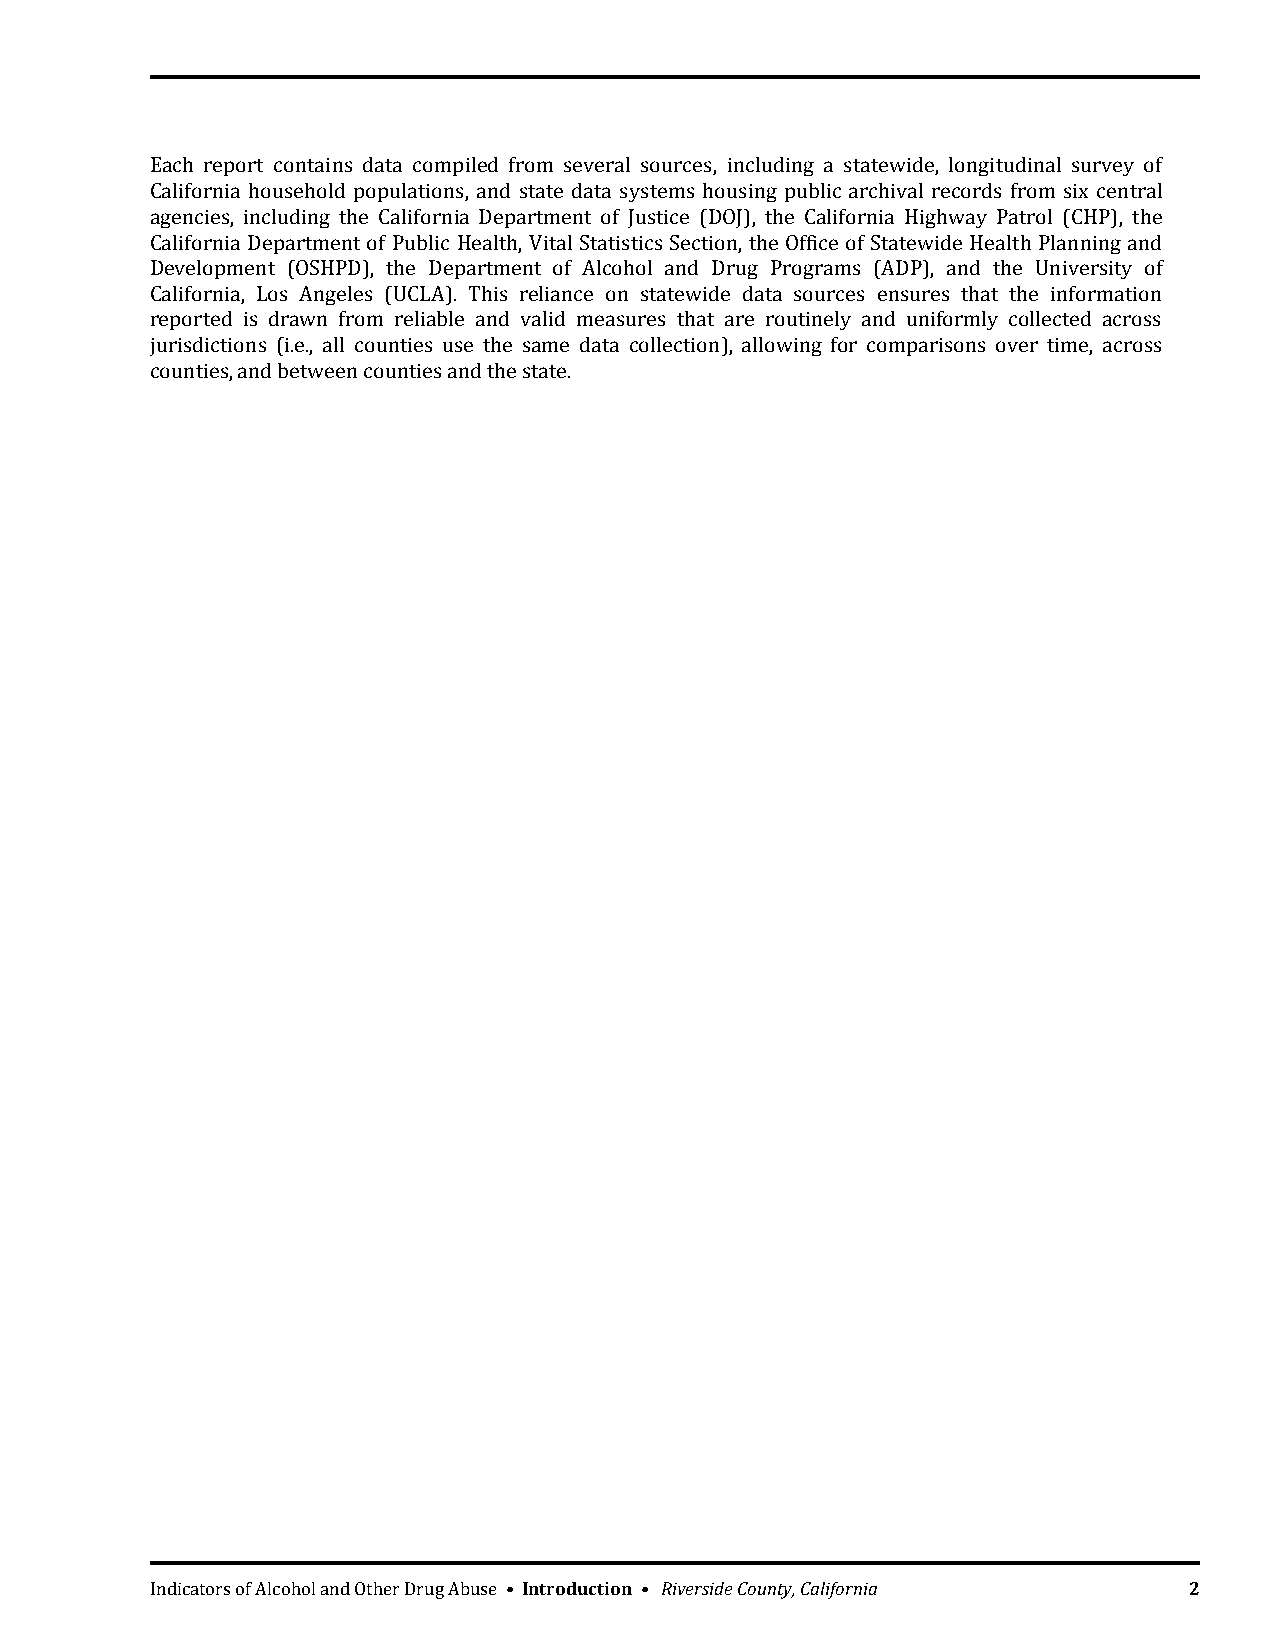
Each report contains data compiled from several sources, including a statewide, longitudinal survey of
 California household populations, and state data systems housing public archival records from six central
 agencies, including the California Department of Justice (DOJ), the California Highway Patrol (CHP), the
 California Department of Public Health, Vital Statistics Section, the Office of Statewide Health Planning and
 Development (OSHPD), the Department of Alcohol and Drug Programs (ADP), and the University of
 California, Los Angeles (UCLA). This reliance on statewide data sources ensures that the information
 reported is drawn from reliable and valid measures that are routinely and uniformly collected across
 jurisdictions (i.e., all counties use the same data collection), allowing for comparisons over time, across
 counties, and between counties and the state.
 Indicators of Alcohol and Other Drug Abuse • Introduction • Riverside County, California 2